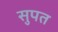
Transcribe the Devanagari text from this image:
सुपत